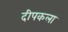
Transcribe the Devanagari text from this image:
दीपकला